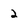
Character: 2